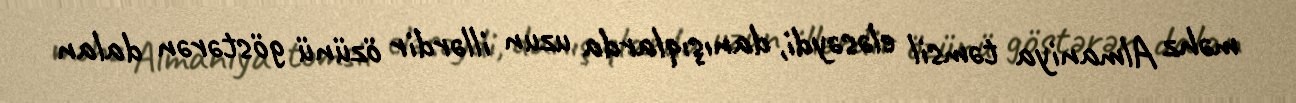
məhz Almaniya təmsil eləsəydi, danışıqlarda uzun illərdir özünü göstərən dalan